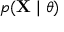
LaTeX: p ( \mathbf { X } \mid \theta )